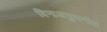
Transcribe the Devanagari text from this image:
विनाअनुदानीत